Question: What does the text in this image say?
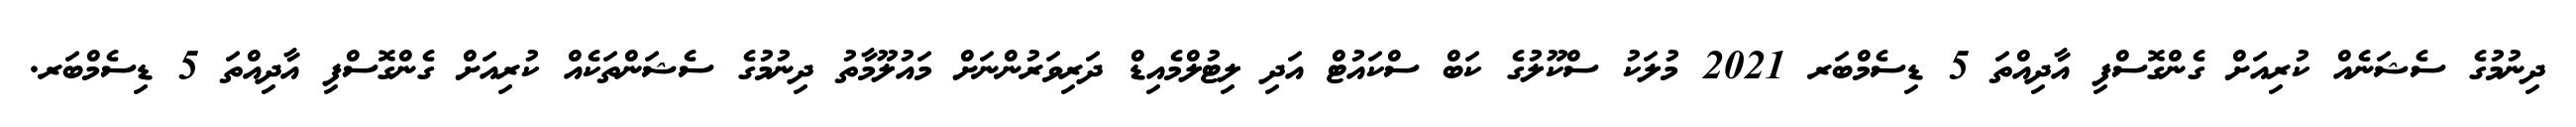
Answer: ދިނުމުގެ ސެޝަނެއް ކުރިއަށް ގެންގޮސްފި އާދިއްތަ 5 ޑިސެމްބަރ 2021 މުލަކު ސްކޫލުގެ ކަބް ސްކައުޓް އަދި ލިޓުލްމެއިޑް ދަރިވަރުންނަށް މައުލޫމާތު ދިނުމުގެ ސެޝަންތަކެއް ކުރިއަށް ގެންގޮސްފި އާދިއްތަ 5 ޑިސެމްބަރ.